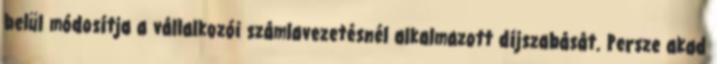
belül módosítja a vállalkozói számlavezetésnél alkalmazott díjszabását. Persze akad